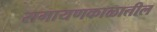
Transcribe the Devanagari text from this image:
रामायणकाळातील